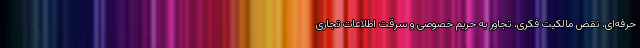
حرفه‌ای، نقض مالکیت فکری، تجاوز به حریم خصوصی و سرقت اطلاعات تجاری